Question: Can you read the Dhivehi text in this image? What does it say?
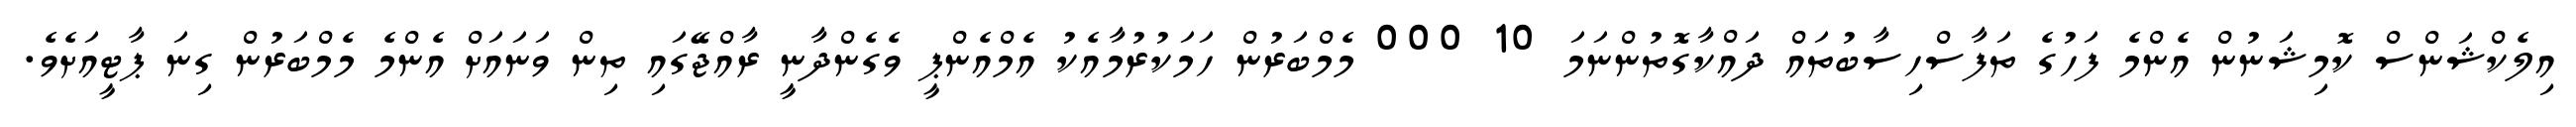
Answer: އިލެކްޝަންސް ކޮމިޝަނުން އެންމެ ފަހުގެ ތަފާސްހިސާބުތައް ދައްކާގޮތުންނަމަ 10 000 މެމްބަރުން ހަމަކުރުމާއެކު އެމްއެންޕީ ވެގެންދާނީ ރާއްޖޭގައި ތިން ވަނައަށް އެންމެ މެމްބަރުން ގިނަ ޕާޓީއަށެވެ.